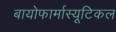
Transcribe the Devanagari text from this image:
बायोफार्मास्यूटिकल